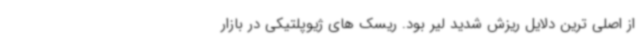
از اصلی ترین دلایل ریزش شدید لیر بود. ریسک های ژیوپلتیکی در بازار